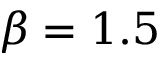
\beta = 1 . 5